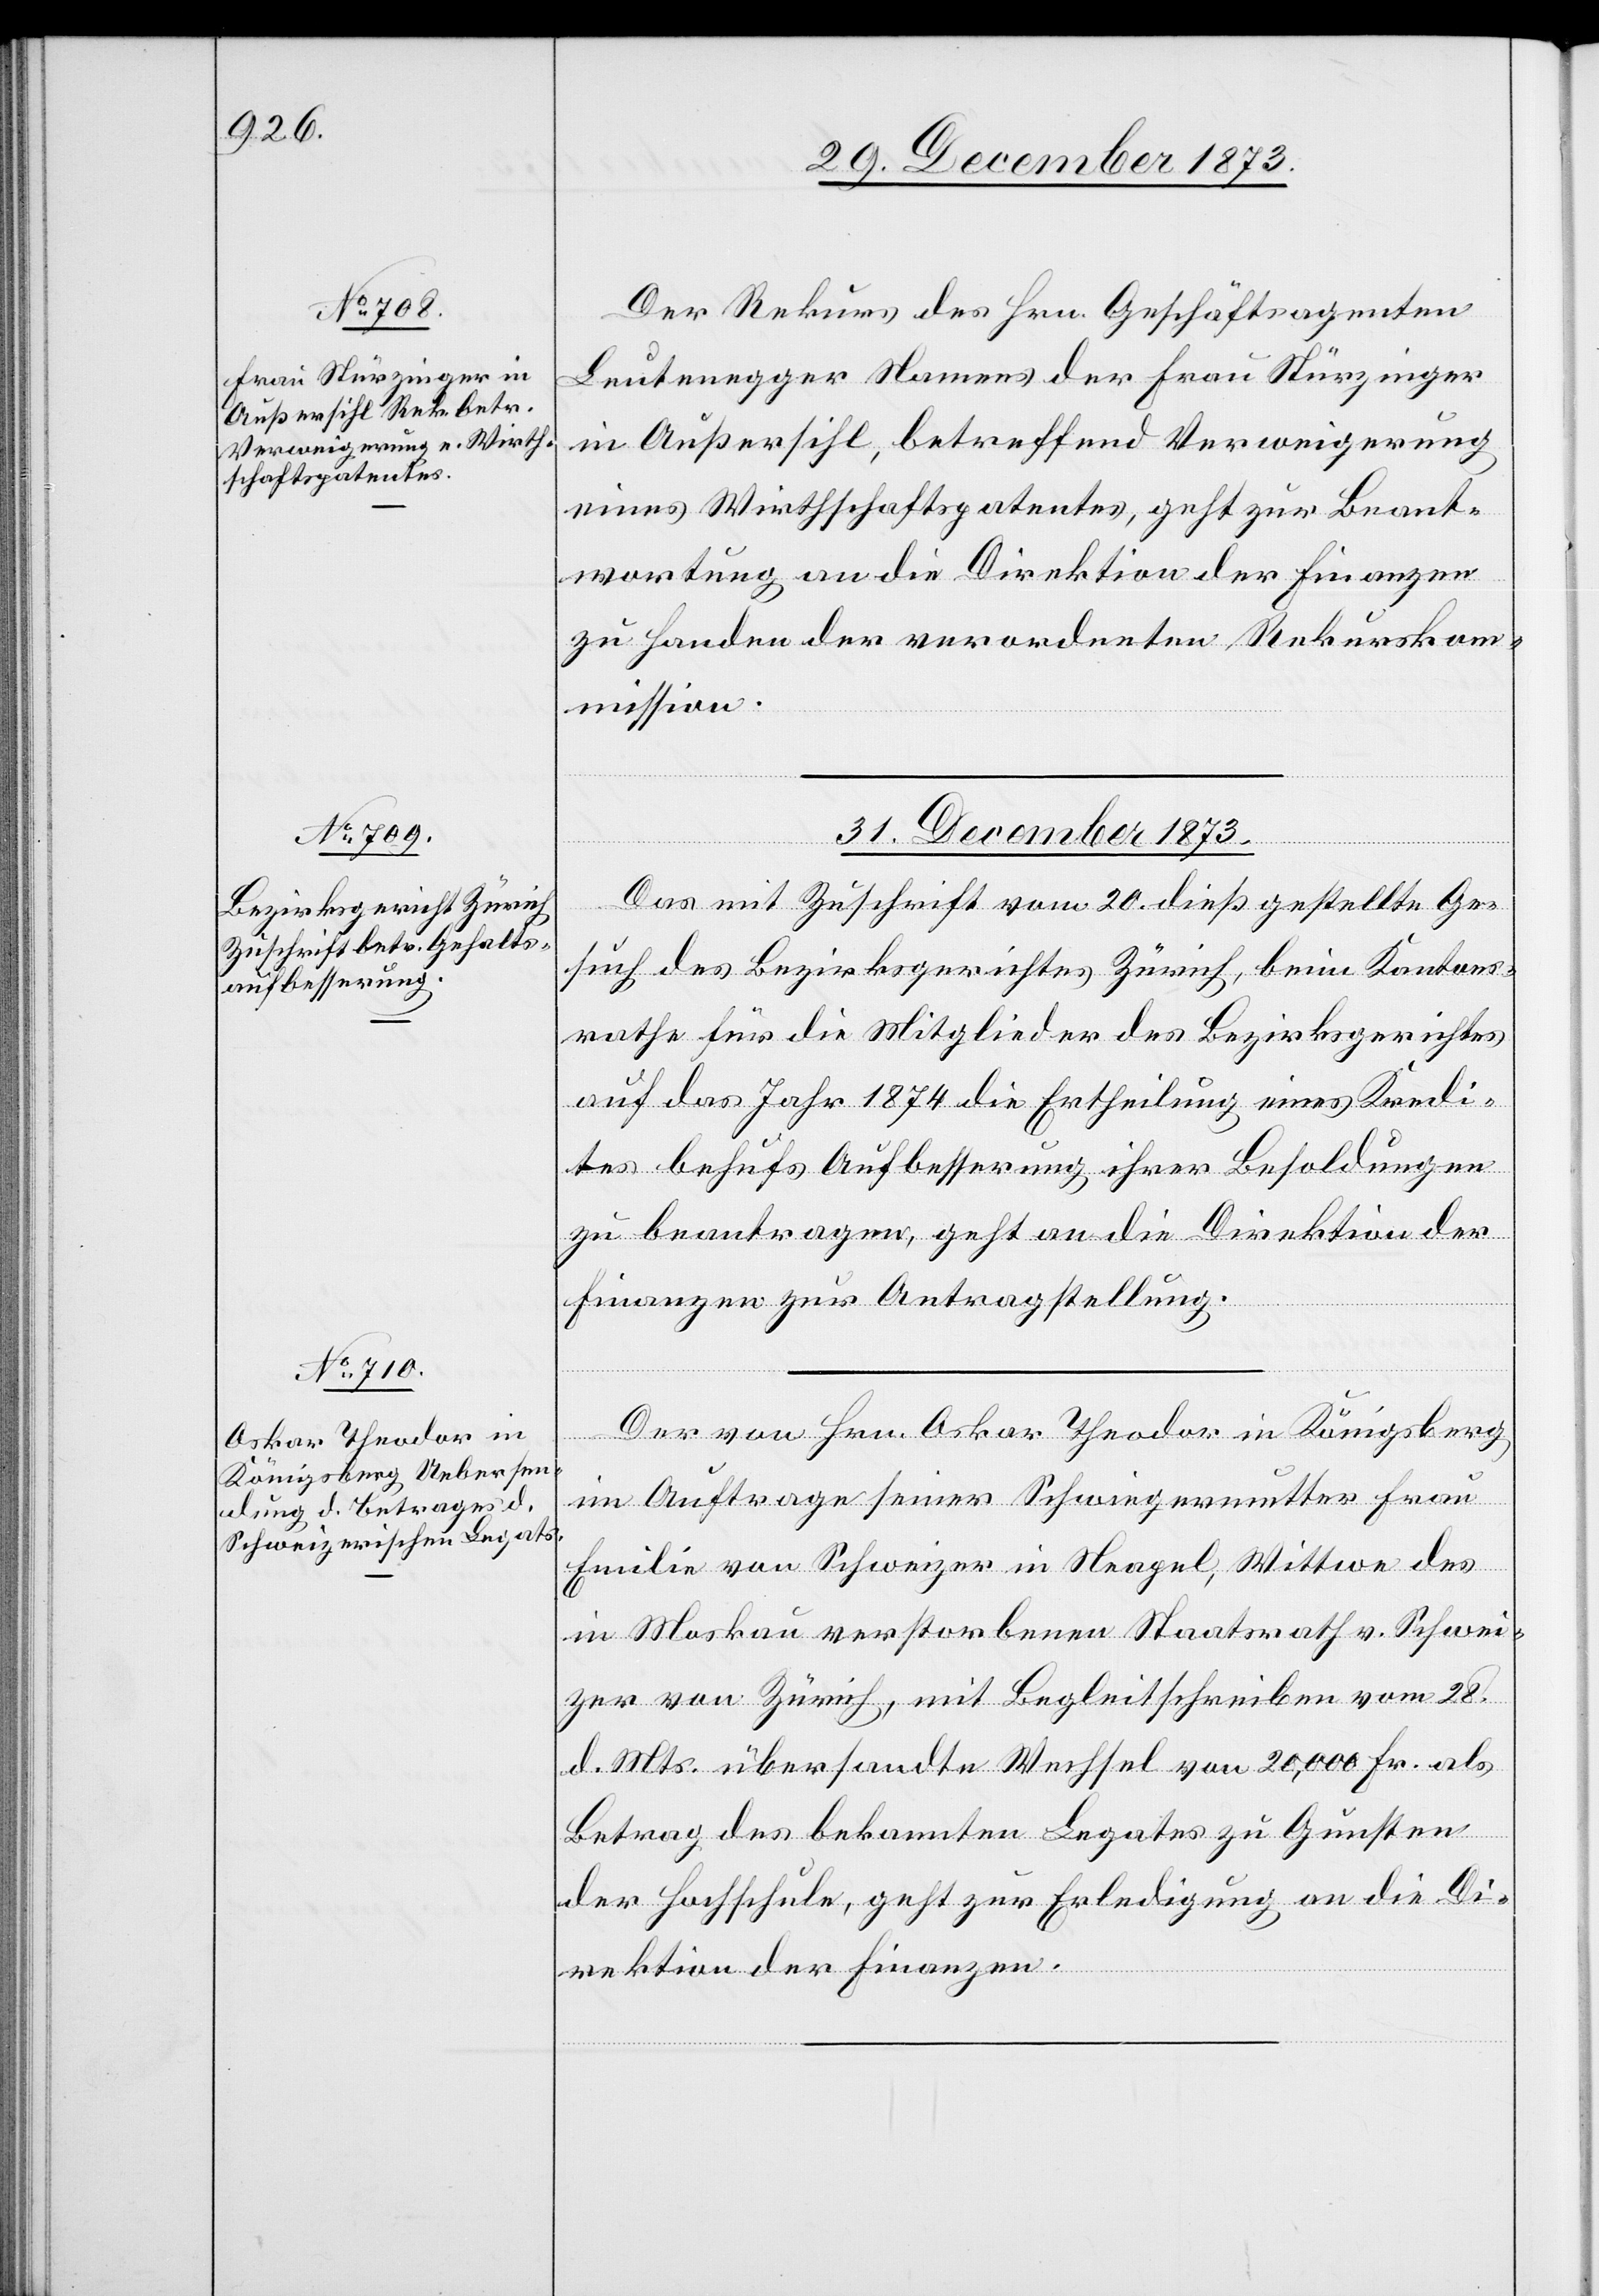
30. December 1873.]
Der Rekurs des Hrn. Geschäftsagenten
Leutenegger Namens der Frau Stürzinger
in Außersihl, betreffend Verweigerung
eines Wirthschaftspatentes, geht zur Beant¬
wortung an die Direktion der Finanzen
zu Handen der verordneten Rekurskom¬
mission.
31. December 1873.]
Das mit Zuschrift vom 20. dieß gestellte Ge¬
such des Bezirksgerichtes Zürich, beim Kantons¬
rathe für die Mitglieder des Bezirksgerichtes
auf das Jahr 1874 die Ertheilung eines Kredi¬
tes behufs Aufbesserung ihrer Besoldungen
zu beantragen, geht an die Direktion der
Finanzen zur Antragstellung.
Der von Hrn. Oskar Theodor in Königsberg
im Auftrage seiner Schwiegermutter Frau
Emilie von Schweizer in Neapel, Wittwe des
in Moskau verstorbenen Staatsrath v. Schwei¬
zer von Zürich, mit Begleitschreiben vom 28.
d. Mts. übersandte Wechsel von 20,000 Fr. als
Betrag des bekannten Legates zu Gunsten
der Hochschule, geht zur Erledigung an die Di¬
rektion der Finanzen.